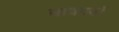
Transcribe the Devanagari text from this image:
बावनवाँ